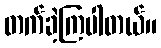
တက်ခဲ့ကြပါတယ်။